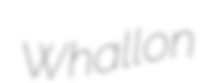
Whallon